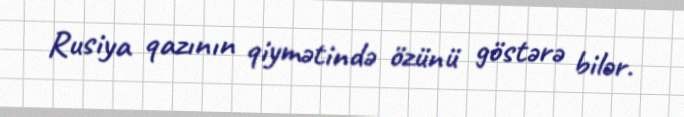
Rusiya qazının qiymətində özünü göstərə bilər.